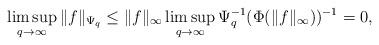
\begin{align*} \limsup_{q\rightarrow\infty}\|f\|_{\Psi_q}\leq\|f\|_\infty\limsup_{q\rightarrow\infty}\Psi_q^{-1}(\Phi(\|f\|_\infty))^{-1}=0,\end{align*}